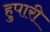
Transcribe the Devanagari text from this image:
हुपारी